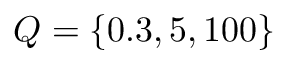
Q = \{ 0 . 3 , 5 , 1 0 0 \}